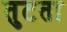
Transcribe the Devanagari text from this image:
तुटता